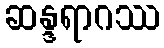
ဆန္ဒရာဂဿ